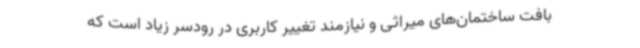
بافت ساختمان‌های میراثی و نیازمند تغییر کاربری در رودسر زیاد است که